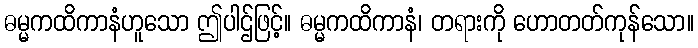
ဓမ္မကထိကာနံဟူသော ဤပါဌ်ဖြင့်။ ဓမ္မကထိကာနံ၊ တရားကို ဟောတတ်ကုန်သော။